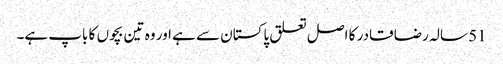
51 سالہ رضا قادر کا اصل تعلق پاکستان سے ہے اور وہ تین بچوں کا باپ ہے۔